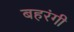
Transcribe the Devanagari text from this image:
बहरंगी